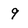
Character: 9